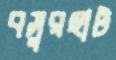
বসুরহাট